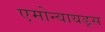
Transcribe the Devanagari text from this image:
एमोन्वायड्स